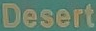
Desert